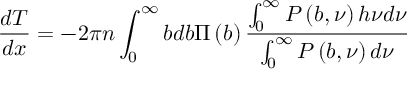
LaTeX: \frac { d T } { d x } = - 2 \pi n \int _ { 0 } ^ { \infty } { b d b } \Pi \left( b \right) \frac { \int _ { 0 } ^ { \infty } { P \left( { b , \nu } \right) h \nu d \nu } } { \int _ { 0 } ^ { \infty } { P \left( { b , \nu } \right) d \nu } }